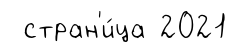
стран'и́ца 2021